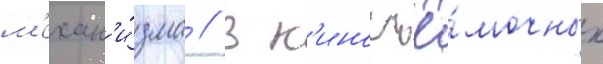
м'ехан'и́зма // В к'иносъё́мочных